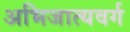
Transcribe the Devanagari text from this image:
अभिजात्यवर्ग